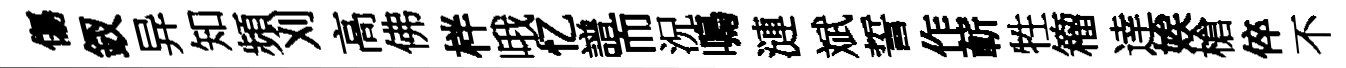
傷釵异知頻刈高佛柈哦忆譜而況鳴漣斌誓作蔪牲籕逹娭槍倅不